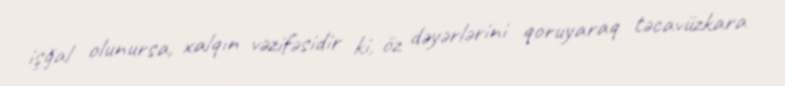
işğal olunursa, xalqın vəzifəsidir ki, öz dəyərlərini qoruyaraq təcavüzkara